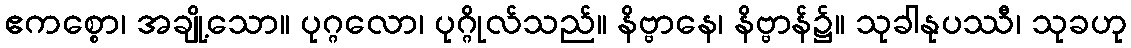
ဧကစ္စော၊ အချို့သော။ ပုဂ္ဂလော၊ ပုဂ္ဂိုလ်သည်။ နိဗ္ဗာနေ၊ နိဗ္ဗာန်၌။ သုခါနုပဿီ၊ သုခဟု